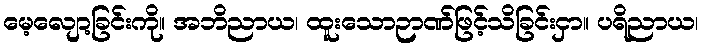
မေ့လျော့ခြင်းကို။ အဘိညာယ၊ ထူးသောဉာဏ်ဖြင့်သိခြင်းငှာ။ ပရိညာယ၊